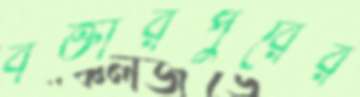
বক্তারপুরের